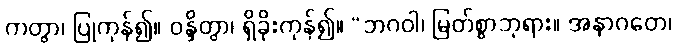
ကတွာ၊ ပြုကုန်၍။ ဝန္ဒိတွာ၊ ရှိခိုးကုန်၍။ “ဘဂဝါ၊ မြတ်စွာဘုရား။ အနာဂတေ၊